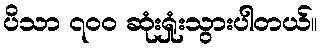
ပိသာ ၇၀၀ ဆုံးရှုံးသွားပါတယ်။